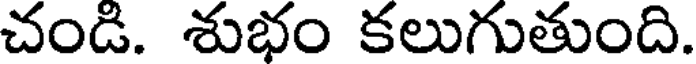
చండి. శుభం కలుగుతుంది.